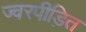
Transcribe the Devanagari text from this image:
ज्वरपीड़ित